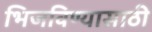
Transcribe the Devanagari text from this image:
भिजविण्यासाठी